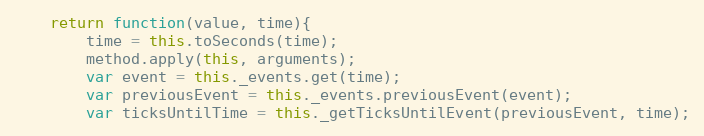
Language: JavaScript
	return function(value, time){
		time = this.toSeconds(time);
		method.apply(this, arguments);
		var event = this._events.get(time);
		var previousEvent = this._events.previousEvent(event);
		var ticksUntilTime = this._getTicksUntilEvent(previousEvent, time);